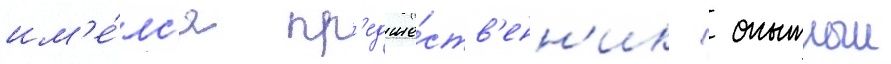
им'е́лс'я пр'едше́ств'енн'ик  опытныи